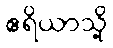
ဧရိယာသို့